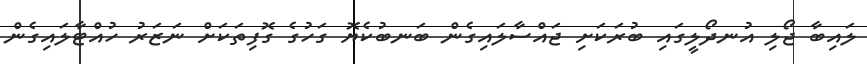
ލައިބާ ޖޯލި އުނދޯލީގައި ބުރަކަށި ޖައްސާލައިގެން ބަނބުކެޔޮ ގަހުގެ ގޮފިތަކަށް ނަޒަރު ހުއްޓާލައިގެން